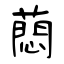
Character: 蕄